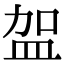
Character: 𭽿